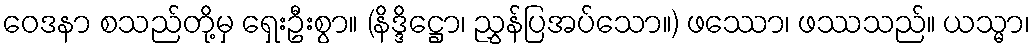
ဝေဒနာ စသည်တို့မှ ရှေးဦးစွာ။ (နိဒ္ဒိဋ္ဌော၊ ညွှန်ပြအပ်သော။) ဖဿော၊ ဖဿသည်။ ယသ္မာ၊